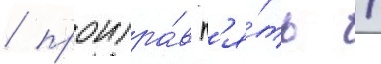
/ проигра́в п'я́ть /